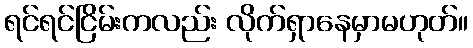
ရင်ရင်ငြိမ်းကလည်း လိုက်ရှာနေမှာမဟုတ်။